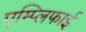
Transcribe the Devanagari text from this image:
एम्प्लिफाई